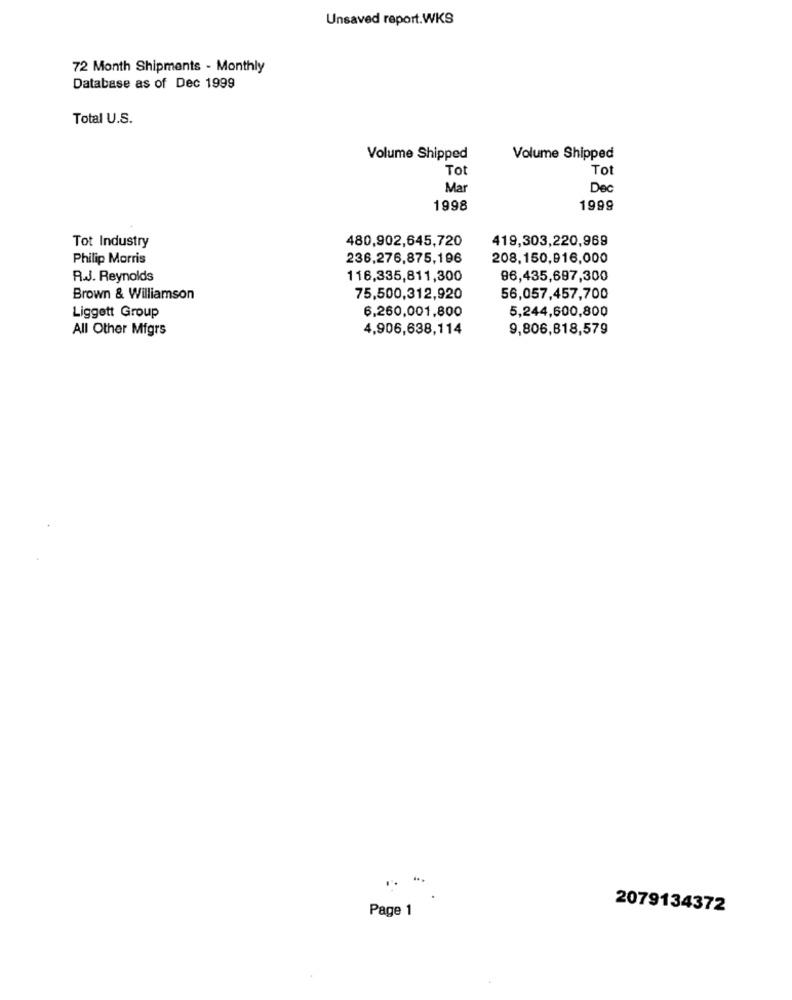
Unsaved report.WKS
72 Month Shipments - Monthly
Database as of Dec 1999
Total U.S.
Volume Shipped
Volume Shipped
Tot
To
Ma
De
1998
1999
Tot Industry
480,902,645,720
419,303,220,969
Philip Morris
236.276,875,196
208,150,916,000
R.J. Reynolds
116,335,811,300
86,435,697,300
Brown & Williamson
75,500,312,920
56,057,457,700
6,260,001,800
5,244,600,800
Liggett Group
All Other Mfgrs
4,906,638,114
9,806,818,579
Page 1
2079134372